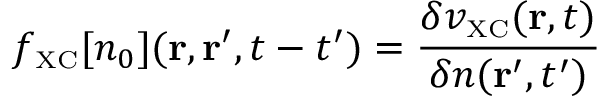
f _ { \scriptscriptstyle \mathrm { X C } } [ n _ { 0 } ] ( { \bf r } , { \bf r } ^ { \prime } , t - t ^ { \prime } ) = \frac { \delta v _ { \scriptscriptstyle \mathrm { X C } } ( { \bf r } , t ) } { \delta n ( { \bf r } ^ { \prime } , t ^ { \prime } ) }